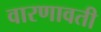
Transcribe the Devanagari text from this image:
वारणावती